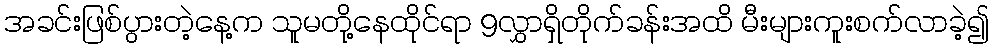
အခင်းဖြစ်ပွားတဲ့နေ့က သူမတို့နေထိုင်ရာ 9လွှာရှိတိုက်ခန်းအထိ မီးများကူးစက်လာခဲ့၍